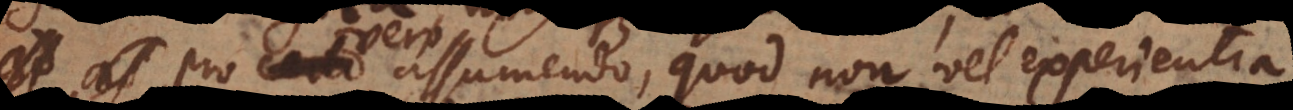
ero assumendo, quod non vel experientia